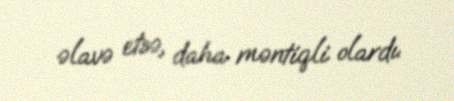
əlavə etsə, daha məntiqli olardı.